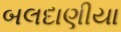
બલદાણીયા